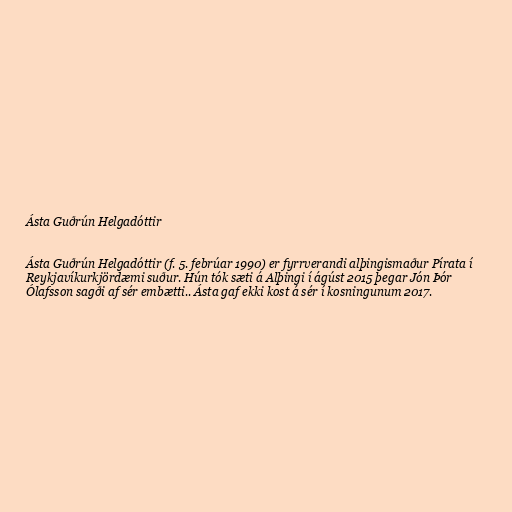
Ásta Guðrún Helgadóttir

Ásta Guðrún Helgadóttir (f. 5. febrúar 1990) er fyrrverandi alþingismaður Pírata í
Reykjavíkurkjördæmi suður. Hún tók sæti á Alþingi í ágúst 2015 þegar Jón Þór
Ólafsson sagði af sér embætti.. Ásta gaf ekki kost á sér í kosningunum 2017.